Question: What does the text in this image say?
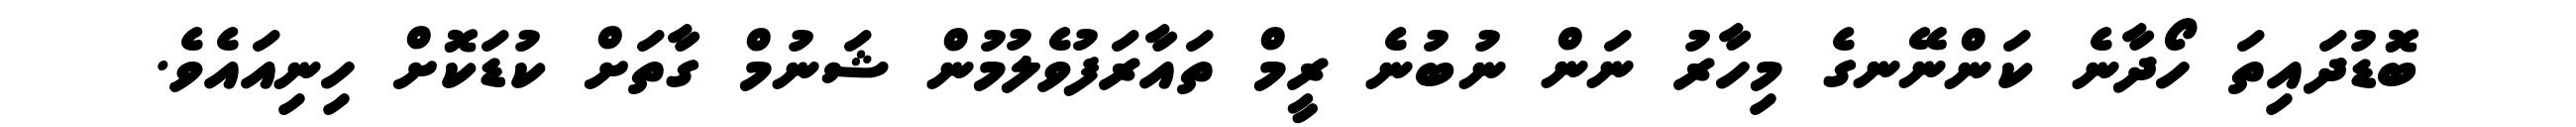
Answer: ބޮޑުދައިތަ ހޯދާނެ ކަންނޭނގެ މިހާރު ނަން ނުބުނެ ރީމް ތައާރަފުވެލުމުން ޝަނުމް ގާތަށް ކުޑަކޮށް ހިނިއައެވެ.